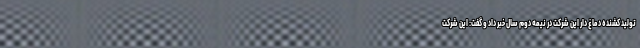
تولید کشنده دماغ دار این شرکت در نیمه دوم سال خبر داد و گفت: این شرکت